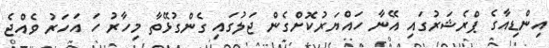
އިންޑިއާގެ ޕްރެޝަރުގައި އޭނާ ހައްޔަރުކޮށްގެން ޖަލުގައި ގެންގުޅޭތާ މިހާރު ހަ އަހަރު ވެއްޖެ